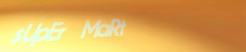
sUpEr MaRt